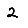
Digit: 2